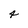
Character: 4